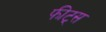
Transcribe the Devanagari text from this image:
फीट्स